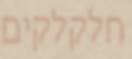
חלקלקים